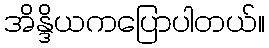
အိန္ဒိယကပြောပါတယ်။